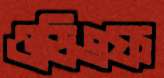
ওডিএফ